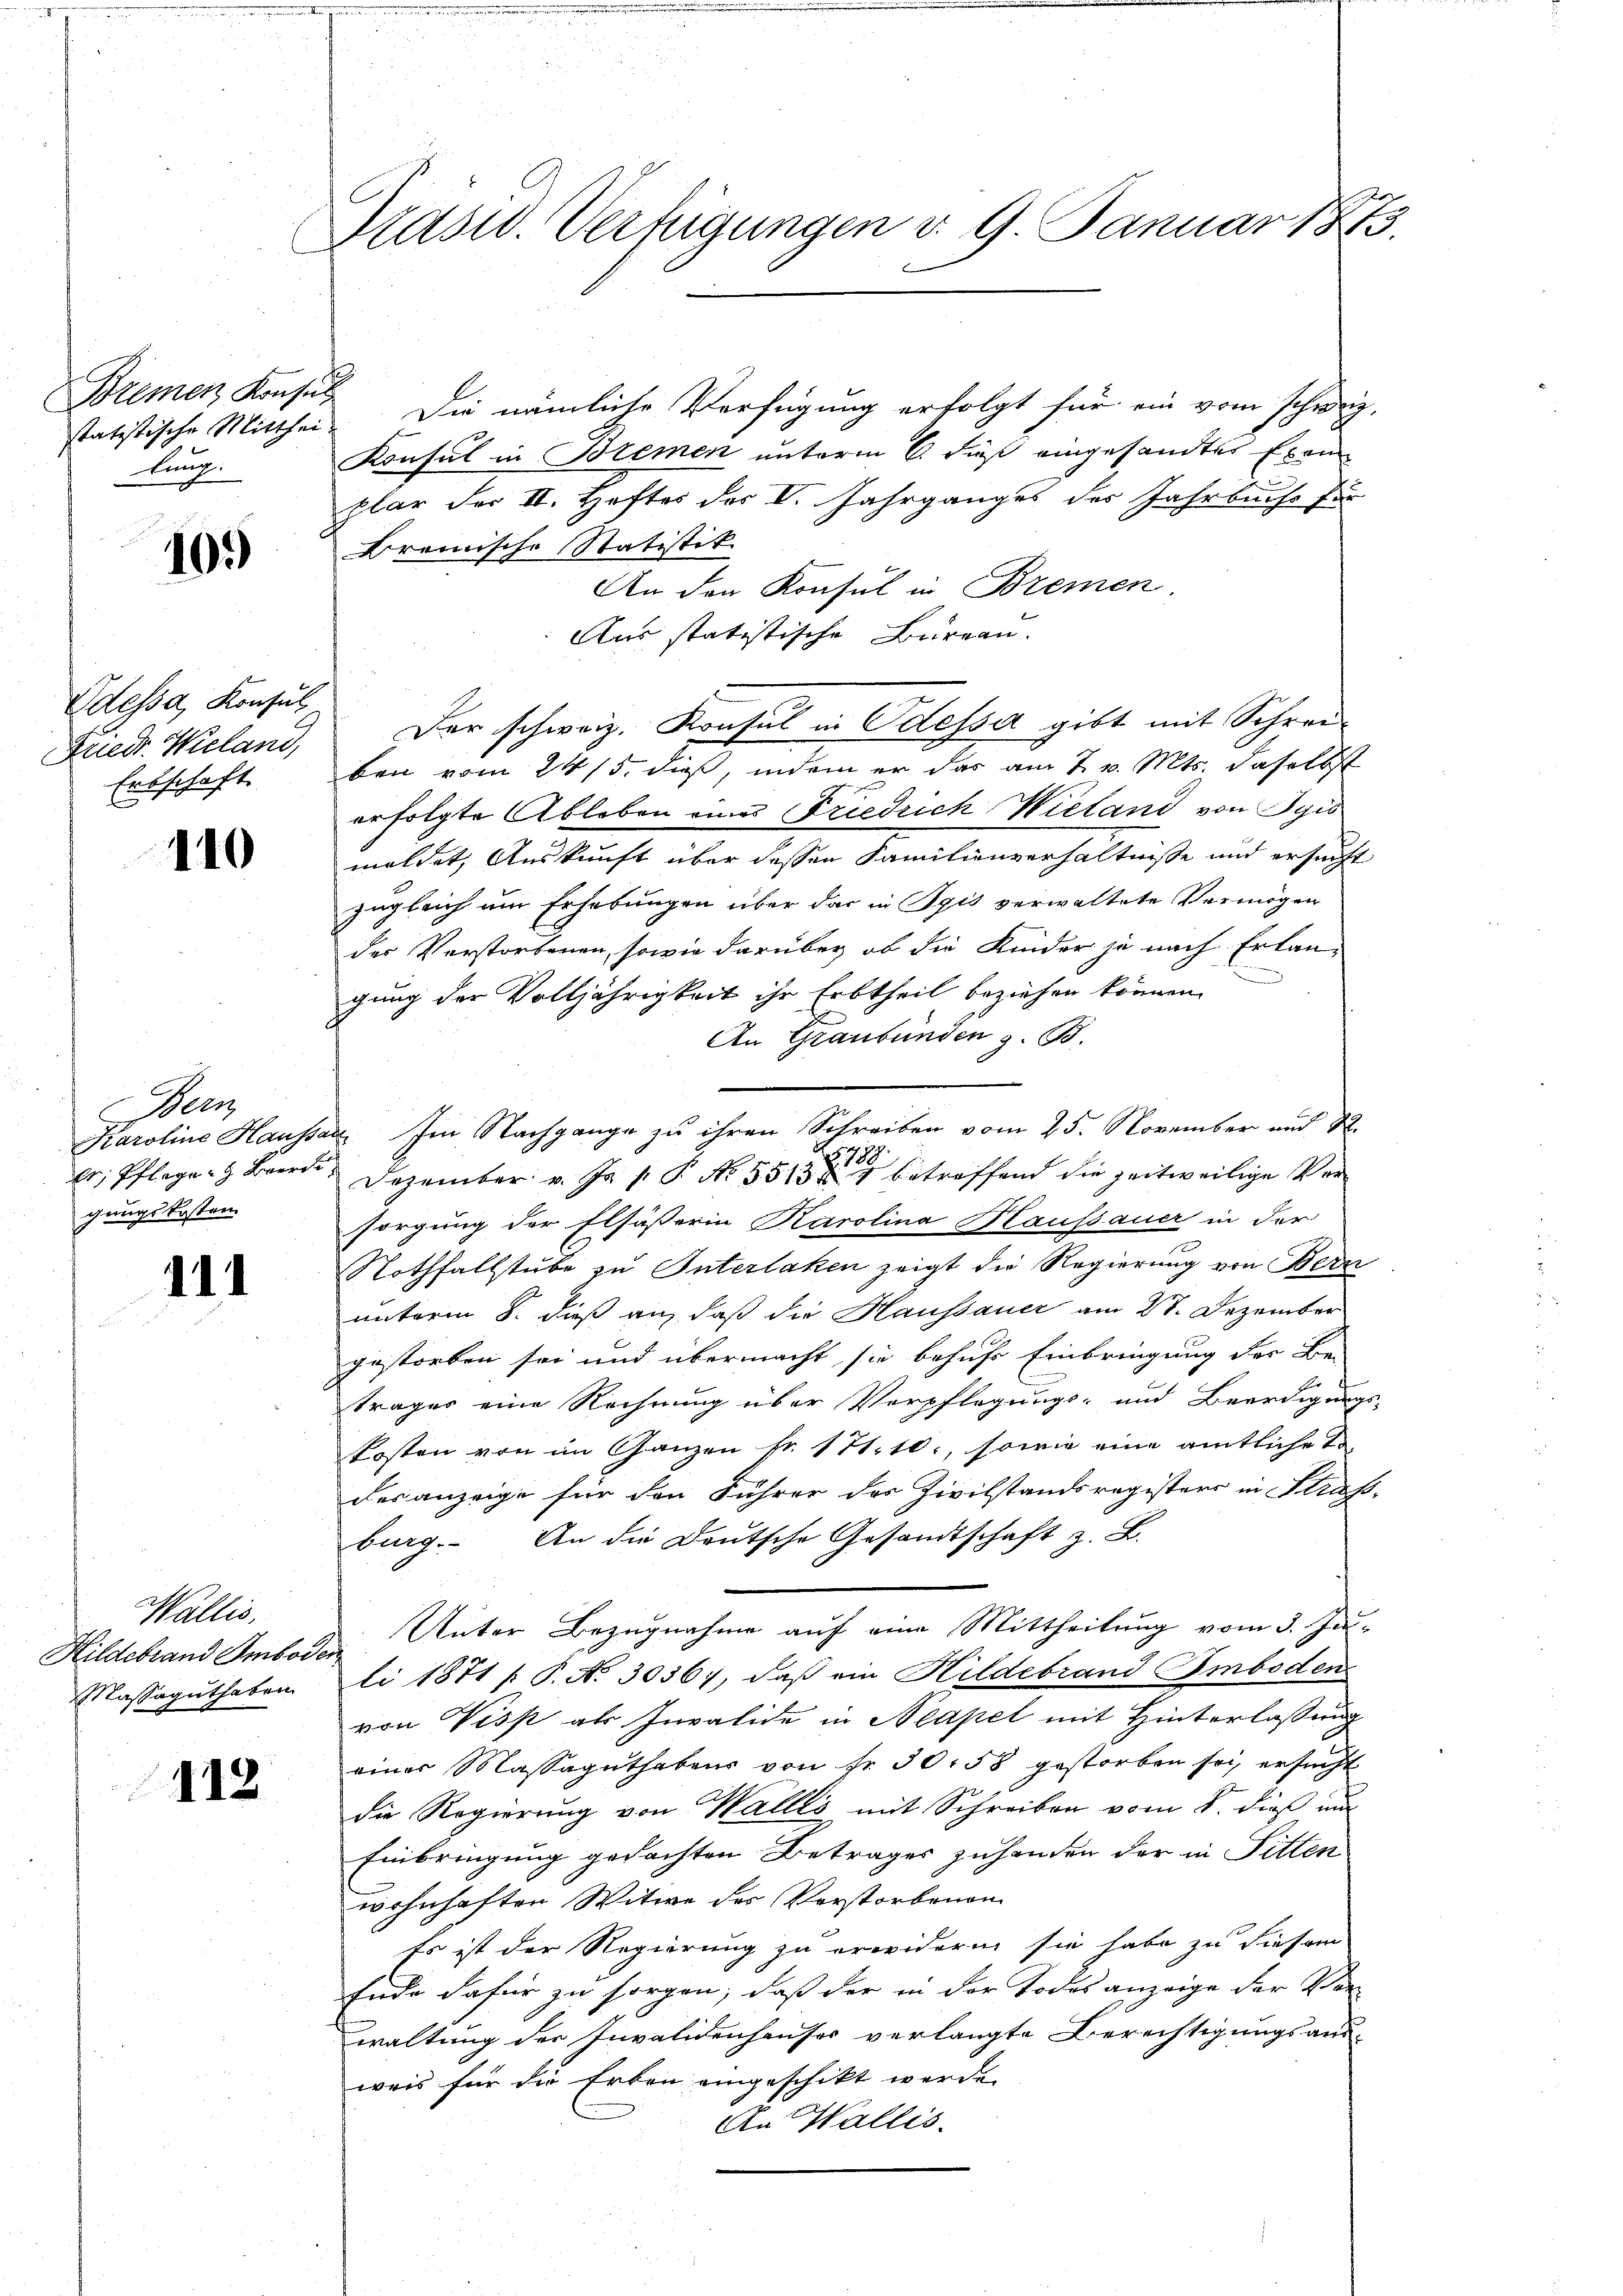
Bremen Konsul
lung.

10.)

Odessa, Konsul
Friedr. Wieland,
Ertschaft

110

Bern
gungskosten

111

Wallis,
Hildebrand Amboden
Massaguthaben

112

Didsw. Verfügungen d. 9. Januar 1873.

statitische Mitthei. Die nämliche Verfügung erfolgt für ein vom schweiz,
Konsul in Bremen unterm 6. Fuß eingesandter Exem
plar der II. Heftes des V. Jahrganges des Jahrbuche für
Bremische Statistik.
An den Konsul in Bremen.
Aus statistische Bureau.
Der schweiz. Konsul in Odessa gibt mit Schrei-
ben vom 24. 15. dieß, indem er das am 7. v. Mts. daselbst
erfolgte Ableben eines Friedrich Wieland von Spis
meldet, Auskunft über dessen Familienverhältnisse und ersucht
zugleich um Erhebungen über das in Pyis verwaltete Vermögen
des Verstorbenen, sowie darüber ob die Kinder je nach Erlann
gung der Volljährigkeit ihr Erbtheil beziehen können.
An Graubünden z. B.
sorgung der Elsässerin Karolina Haussauer in der
Nothfallstube zu Interlaken zeigt die Regierung von Bern
unterm 8. daß an, daß die Haussauer am 28. Dezember
gestorben sei und übermacht, sie behufs Einbringung der Be-
träger eine Rechnung über Verpflegungs- und Beerdigungs-
kosten von im Ganzen fr. 171. 10., sowie eine amtliche Todes anzeige für den Führer des Zivilstandsregisters in Strass-
burg. An die Deutsche Gesandtschaft z. B.
Unter Bezugnahme auf eine Mittheilung vom 3. Juli 1871 [ P. No. 30367, daß ein Hildebrand Imboden
von Viss als Invalide in Neapel mit Hinterlassung
einer Massaguthabens von fr. 30. 58 gestorben sei, ersucht
die Regierung von Wallis mit Schreiben vom 8. dieß un
Einbringung gedachten Betrages zuhanden der in Fitten
wohnhaften Witwe des Verstorbenen
Es ist der Regierung zu erwidern sie habe zu diesen
Ende dafür zu sorgen, daß der in der Todesanzeige der Ver-
waltung der Invalidenhauser verlangte Berechtigungsaus-
weis für die Erben eingeschikt werde.
An Wallis.

Karoline Haussar. Im Nachgange zu ihren Schreiben vom 25. November und S.
719
 Pflege. Dezember v. J. P. Nr. 3513 betreffend die zeitweilige Ver¬